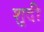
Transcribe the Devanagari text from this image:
शुदी